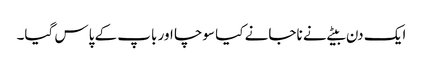
ایک دن بیٹے نے ناجانے کیا سوچا اور باپ کے پاس گیا۔